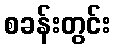
စခန်းတွင်း